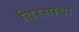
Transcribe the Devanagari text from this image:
बिरसाचा